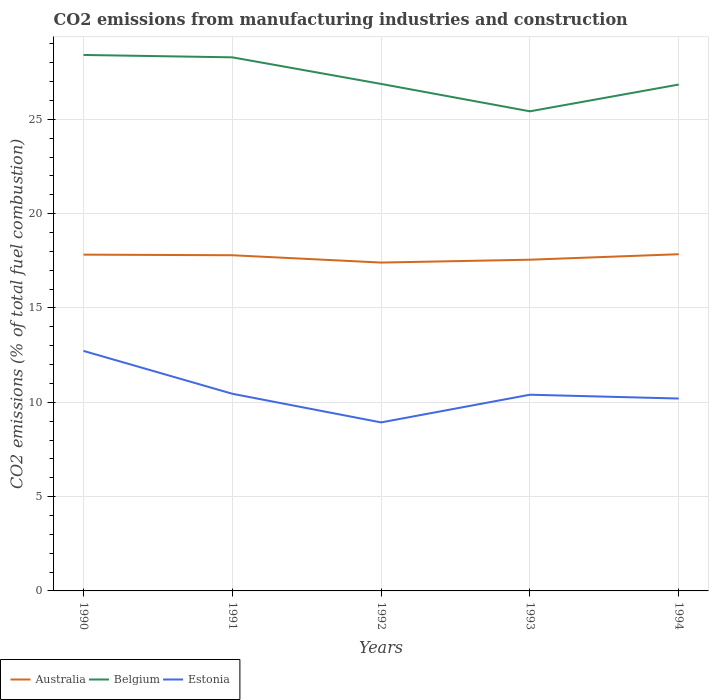
| Years | Australia | Belgium | Estonia |
 | --- | --- | --- | --- |
 | 1990 | 17.8 | 28.4 | 12.7 |
 | 1991 | 17.8 | 28.3 | 10.5 |
 | 1992 | 17.4 | 26.9 | 8.93 |
 | 1993 | 17.6 | 25.4 | 10.4 |
 | 1994 | 17.8 | 26.8 | 10.2 |